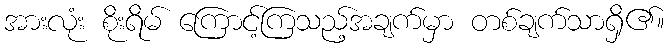
အားလုံး စိုးရိမ် ကြောင့်ကြသည့်အချက်မှာ တစ်ချက်သာရှိ၏။